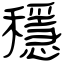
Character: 穩